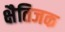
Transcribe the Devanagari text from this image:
क्षैतिजक